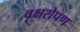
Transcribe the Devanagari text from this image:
वृक्षरोपण